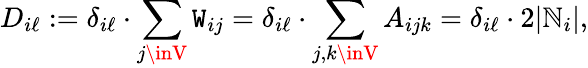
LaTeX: D_{i\ell}:=\delta_{i\ell}\cdot\sum_{j\inV}\mathtt{W}_{ij}=\delta_{i\ell}\cdot\sum_{j,k\inV}A_{ijk}=\delta_{i\ell}\cdot2|\mathbb{N}_{i}|,